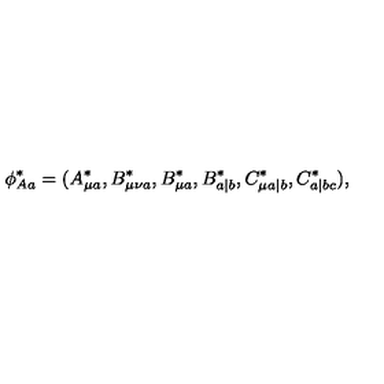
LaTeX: \phi _ { A a } ^ { \ast } = ( A _ { \mu a } ^ { \ast } , B _ { \mu \nu a } ^ { \ast } , B _ { \mu a } ^ { \ast } , B _ { a | b } ^ { \ast } , C _ { \mu a | b } ^ { \ast } , C _ { a | b c } ^ { \ast } ) ,